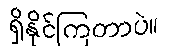
ရှိနိုင်ကြတာပဲ။